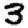
Digit: 3